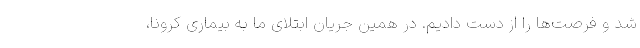
شد و فرصت‌ها را از دست دادیم. در همین جریان ابتلای ما به بیماری کرونا،